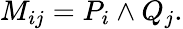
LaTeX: M_{ij}=P_{i}\land Q_{j}.